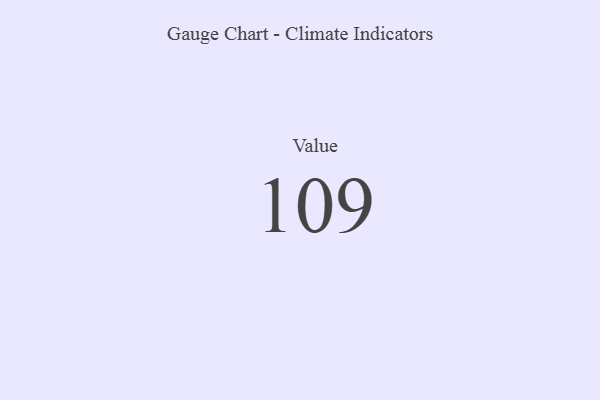
{"axis": {"x": "Metric", "y": "Value"}, "legend": [""], "data": [{"x": "Value", "y": 109, "type": ""}]}